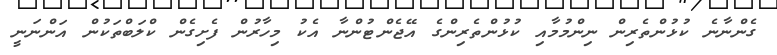
ގެންނާނެ ކުޅުންތެރިން ނިންމުމާއި ކުޅުންތެރިންގެ އޭޖެންޓުންނާ އެކު މިހާރުން ފެށިގެން ކްލަބްތަކުން އަންނަނީ